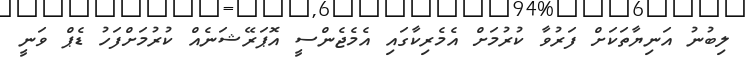
ލިބުނު އަނިޔާތަކަށް ފަރުވާ ކުރުމަށް އެމެރިކާގައި އެމެޖެންސީ އޮޕަރޭޝަނެއް ކުރުމަށްފަހު ޑެޕް ވަނީ